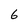
Character: 6